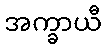
အက္ခာယီ